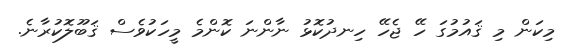
މިކަން މި ޤައުމުގަ ހޭ ޖެހޭ ހިނދުކޮޅު ނާންނަ ކޮންމެ މީހަކުވެސް ޤަބޫލޮކުރާނެ.